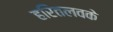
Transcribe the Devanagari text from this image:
हरितलवके